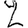
Digit: 2